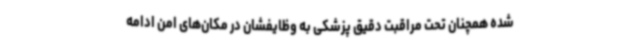
شده همچنان تحت مراقبت دقیق پزشکی به وظایفشان در مکان‌های امن ادامه